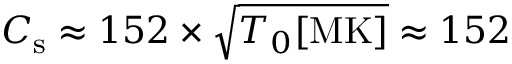
C _ { \mathrm { s } } \approx 1 5 2 \times \sqrt { T _ { 0 } [ \mathrm { M K } ] } \approx 1 5 2